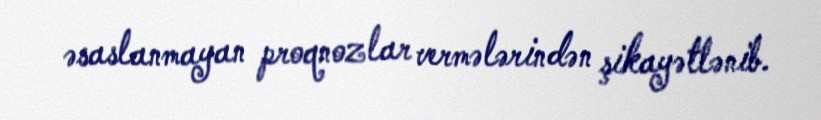
əsaslanmayan proqnozlar vermələrindən şikayətlənib.